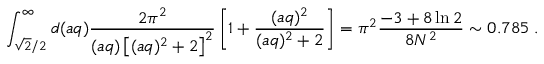
\int _ { \sqrt { 2 } / 2 } ^ { \infty } d ( a q ) \frac { 2 \pi ^ { 2 } } { ( a q ) \left[ ( a q ) ^ { 2 } + 2 \right] ^ { 2 } } \left[ 1 + \frac { ( a q ) ^ { 2 } } { ( a q ) ^ { 2 } + 2 } \right] = \pi ^ { 2 } \frac { - 3 + 8 \ln 2 } { 8 N ^ { 2 } } \sim 0 . 7 8 5 \; .